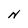
Character: N